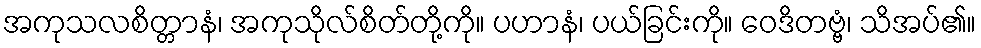
အကုသလစိတ္တာနံ၊ အကုသိုလ်စိတ်တို့ကို။ ပဟာနံ၊ ပယ်ခြင်းကို။ ဝေဒိတဗ္ဗံ၊ သိအပ်၏။